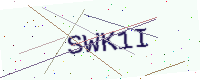
Text: SWK1I